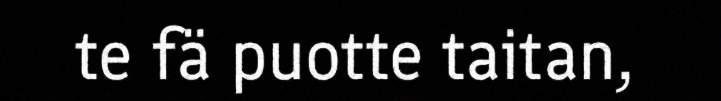
te fä puotte taitan,